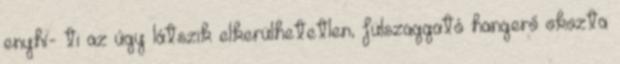
enyhí- ti az úgy látszik elkerülhetetlen, fülszaggató hangerő okozta